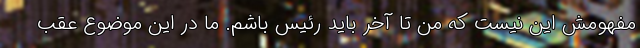
مفهومش این نیست که من تا آخر باید رئیس باشم. ما در این موضوع عقب